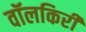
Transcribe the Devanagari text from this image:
वॉलकिरी